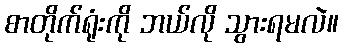
စာတိုက်ရုံးကို ဘယ်လို သွားရမလဲ။